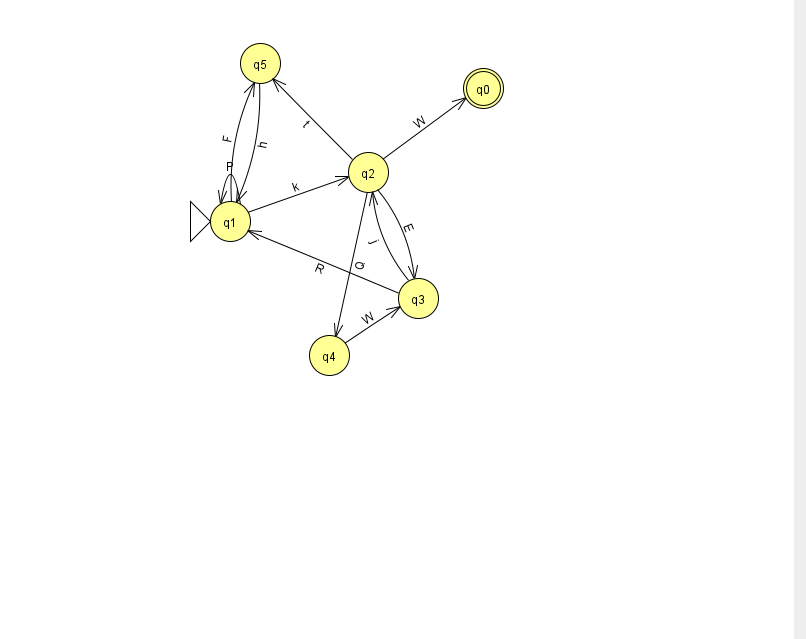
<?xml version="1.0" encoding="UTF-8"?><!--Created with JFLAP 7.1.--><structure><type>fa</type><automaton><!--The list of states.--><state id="0" name="q0"><x>483.0</x><y>75.0</y><final/></state><state id="1" name="q1"><x>230.0</x><y>208.0</y><initial/></state><state id="2" name="q2"><x>368.0</x><y>159.0</y></state><state id="3" name="q3"><x>418.0</x><y>285.0</y></state><state id="4" name="q4"><x>329.0</x><y>342.0</y></state><state id="5" name="q5"><x>260.0</x><y>50.0</y></state><!--The list of transitions.--><transition><from>1</from><to>1</to><read>P</read></transition><transition><from>2</from><to>4</to><read>Q</read></transition><transition><from>3</from><to>2</to><read>j</read></transition><transition><from>5</from><to>1</to><read>h</read></transition><transition><from>2</from><to>0</to><read>W</read></transition><transition><from>2</from><to>5</to><read>t</read></transition><transition><from>1</from><to>5</to><read>F</read></transition><transition><from>3</from><to>1</to><read>R</read></transition><transition><from>1</from><to>2</to><read>k</read></transition><transition><from>2</from><to>3</to><read>E</read></transition><transition><from>4</from><to>3</to><read>W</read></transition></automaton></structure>